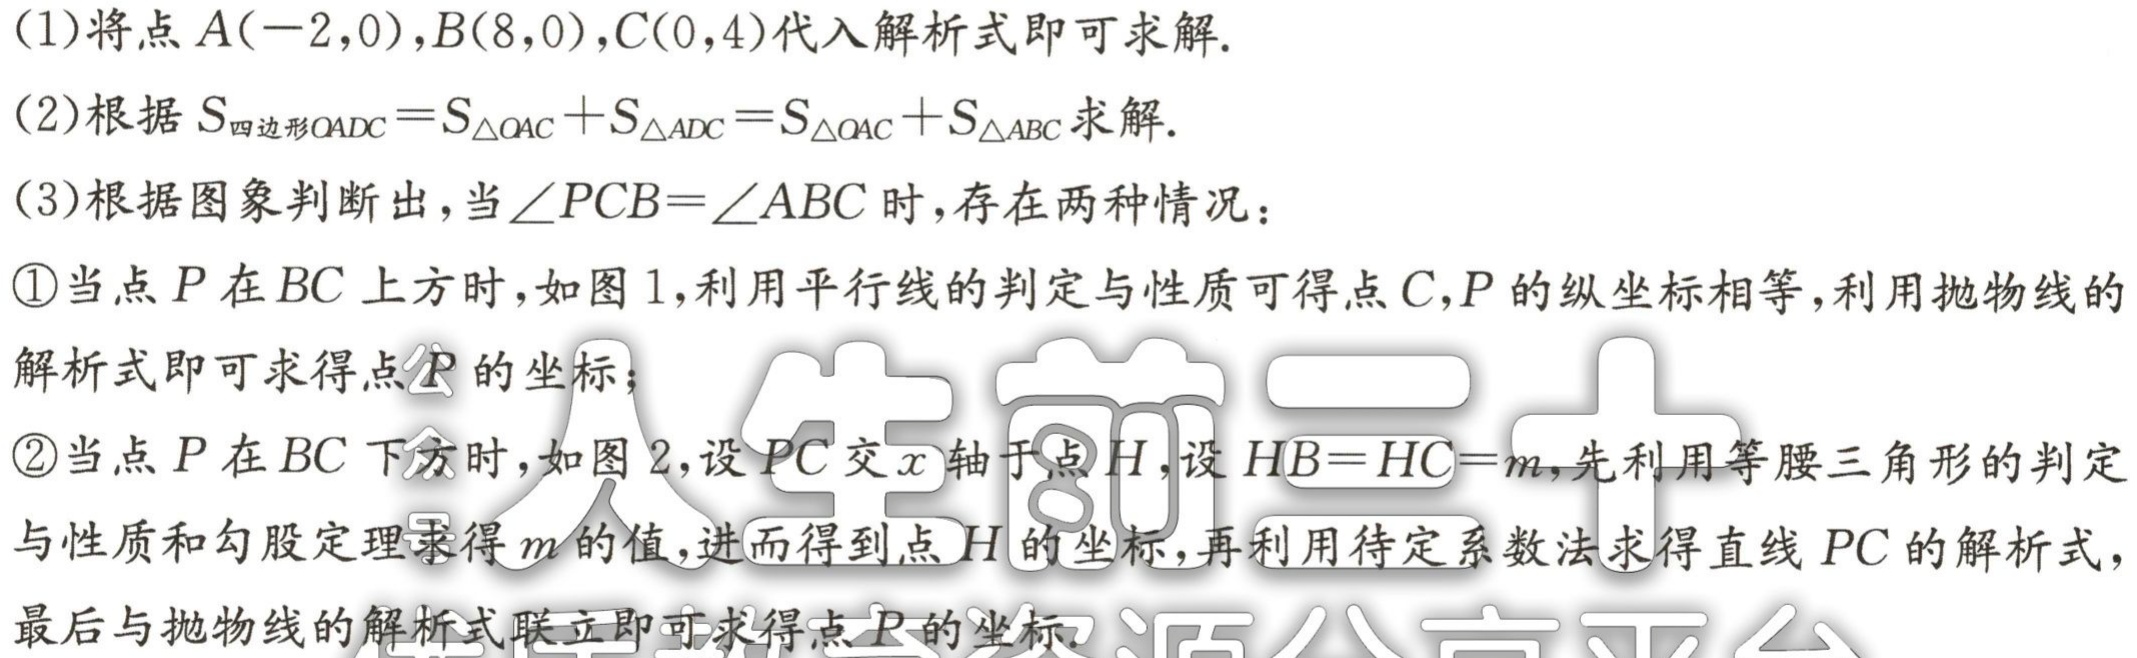
(1)将点\(A(-2,0)\)，\(B(8,0)\)，\(C(0,4)\)代入解析式即可求解.
(2)根据\(S_{四边形OADC}=S_{\triangle OAC}+S_{\triangle ADC}=S_{\triangle OAC}+S_{\triangle ABC}\)求解.
(3)根据图象判断出，当\(\angle PCB = \angle ABC\)时，存在两种情况：
\textcircled{1}当点\(P\)在\(BC\)上方时，如图1，利用平行线的判定与性质可得点\(C\)，\(P\)的纵坐标相等，利用抛物线的解析式即可求得点\(P\)的坐标；
\textcircled{2}当点\(P\)在\(BC\)下方时，如图2，设\(PC\)交\(x\)轴于点\(H\)，设\(HB = HC=m\)，先利用等腰三角形的判定与性质和勾股定理求得\(m\)的值，进而得到点\(H\)的坐标，再利用待定系数法求得直线\(PC\)的解析式，最后与抛物线的解析式联立即可求得点\(P\)的坐标.